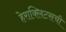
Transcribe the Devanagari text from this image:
हेराक्लिटसची